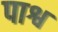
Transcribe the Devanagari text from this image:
पाश्व